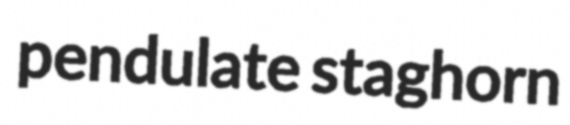
pendulate staghorn